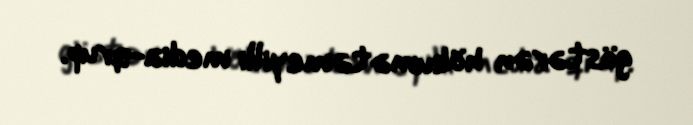
göstərən hökumətəmeyilli media-qrup.